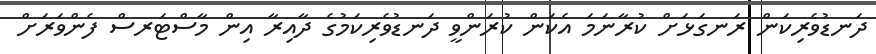
ދަނޑުވެރިކަން ރަނގަޅަށް ކުރާނަމަ އެކަން ކުރަންވީ ދަނޑުވެރިކަމުގެ ދާއިރާ އިން މާސްޓަރސް ފެންވަރަށް